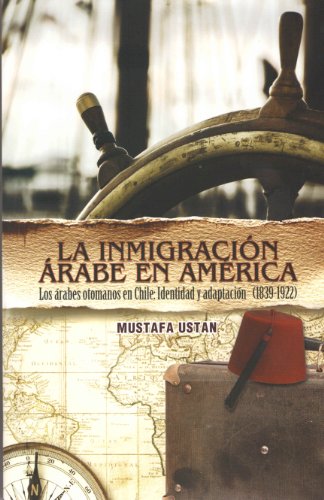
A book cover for La Inmigracion Arabe En America (Spanish) (Spanish Edition); Mustafa Ustan; Religion & Spirituality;